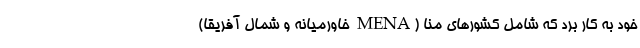
خود به کار برد که شامل کشور‌های منا (MENA خاورمیانه و شمال آفریقا)